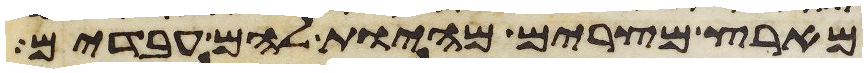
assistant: מארץ מצרים מהיות להם עבדים